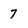
Character: 7